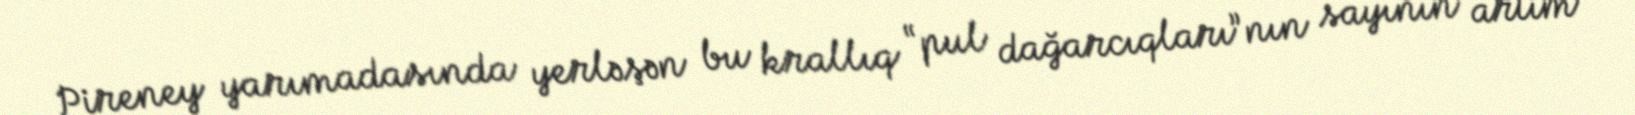
Pireney yarımadasında yerləşən bu krallıq “pul dağarcıqları”nın sayının artım